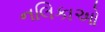
નલિકાઓ